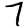
Digit: 7